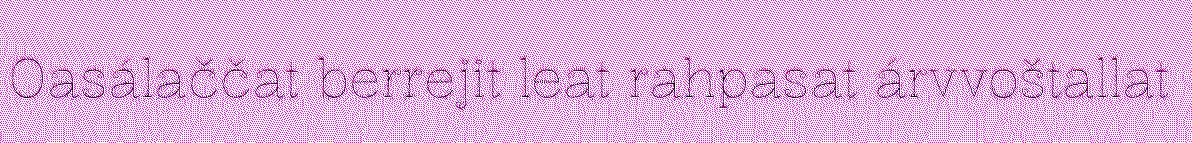
Oasálaččat berrejit leat rahpasat árvvoštallat